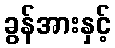
ခွန်အားနှင့်